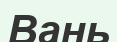
Вань